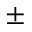
\pm